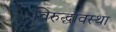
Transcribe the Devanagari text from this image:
विरुद्धावस्था